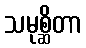
သမုစ္ဆိတာ